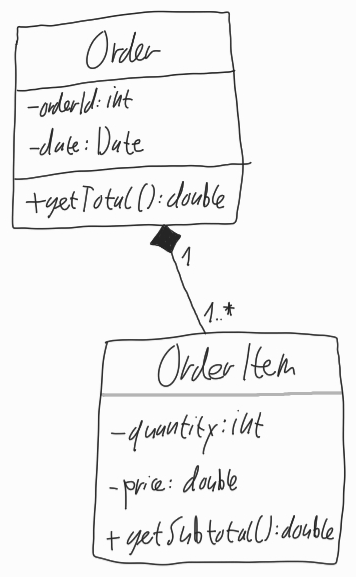
Diagram type: class_diagram
```plantuml
@startuml

class Order {
  - orderId: int
  - date: Date
  + getTotal(): double
}

class OrderItem {
  - quantity: int
  - price: double
  + getSubtotal(): double
}

Order "1" *-- "1..*" OrderItem

@enduml
```